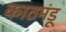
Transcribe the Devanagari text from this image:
काठमंडू